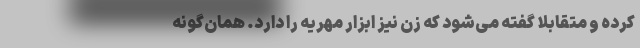
کرده و متقابلا گفته می‌شود که زن نیز ابزار مهریه را دارد. همان‌گونه